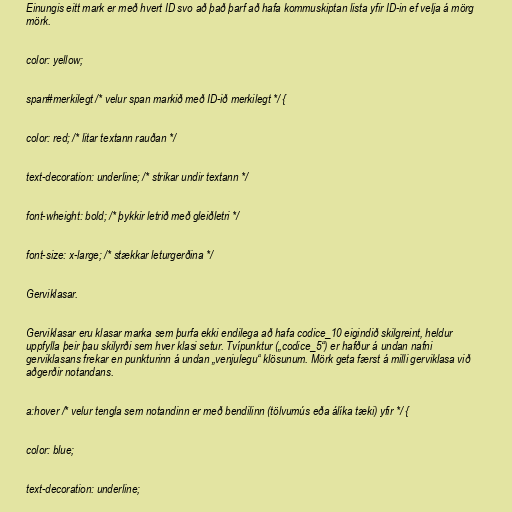
Einungis eitt mark er með hvert ID svo að það þarf að hafa kommuskiptan lista yfir ID-in ef velja á mörg
mörk.

color: yellow;

span#merkilegt /* velur span markið með ID-ið merkilegt */ {

color: red; /* litar textann rauðan */

text-decoration: underline; /* strikar undir textann */

font-wheight: bold; /* þykkir letrið með gleiðletri */

font-size: x-large; /* stækkar leturgerðina */

Gerviklasar.

Gerviklasar eru klasar marka sem þurfa ekki endilega að hafa codice_10 eigindið skilgreint, heldur
uppfylla þeir þau skilyrði sem hver klasi setur. Tvípunktur („codice_5“) er hafður á undan nafni
gerviklasans frekar en punkturinn á undan „venjulegu“ klösunum. Mörk geta færst á milli gerviklasa við
aðgerðir notandans.

a:hover /* velur tengla sem notandinn er með bendilinn (tölvumús eða álíka tæki) yfir */ {

color: blue;

text-decoration: underline;